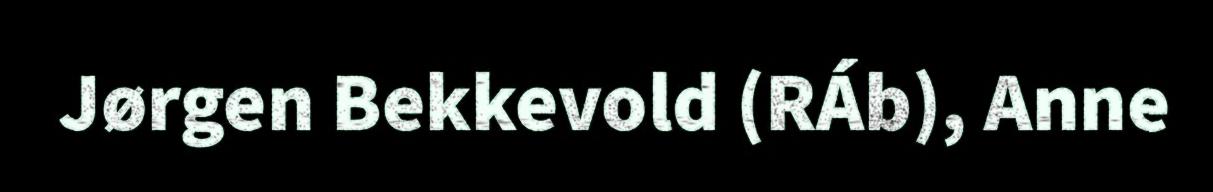
Jørgen Bekkevold (RÁb), Anne